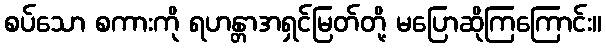
စပ်သော စကားကို ရဟန္တာအရှင်မြတ်တို့ မပြောဆိုကြကြောင်း။